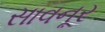
સાવનૂર